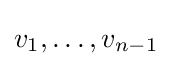
v_{1},\dots ,v_{n-1}